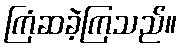
ကြံဆခဲ့ကြသည်။